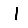
Digit: 1